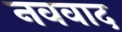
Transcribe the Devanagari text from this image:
नववाद